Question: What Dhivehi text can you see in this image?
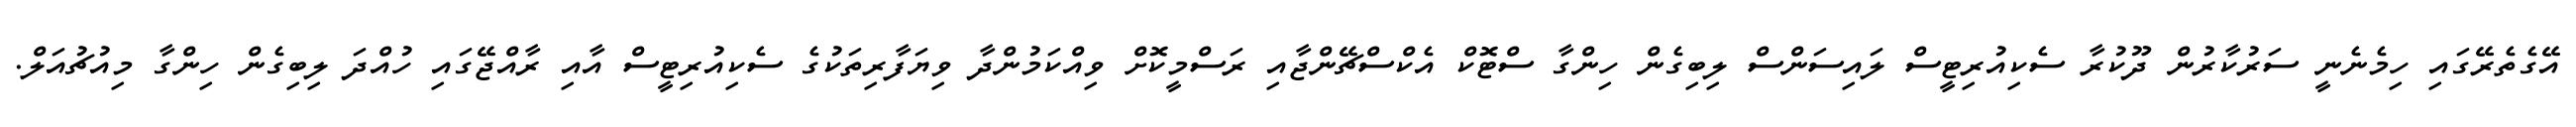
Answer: އޭގެތެރޭގައި ހިމެނެނީ ސަރުކާރުން ދޫކުރާ ސެކިއުރިޓީސް ލައިސަންސް ލިބިގެން ހިންގާ ސްޓޮކް އެކްސްޗޭންޖާއި ރަސްމީކޮށް ވިއްކަމުންދާ ވިޔަފާރިތަކުގެ ސެކިއުރިޓީސް އާއި ރާއްޖޭގައި ހުއްދަ ލިބިގެން ހިންގާ މިއުޗުއަލް.